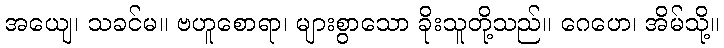
အယျေ၊ သခင်မ။ ဗဟူစောရာ၊ များစွာသော ခိုးသူတို့သည်။ ဂေဟေ၊ အိမ်သို့။